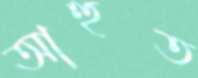
আহুত